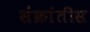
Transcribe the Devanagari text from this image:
संक्रांतीस